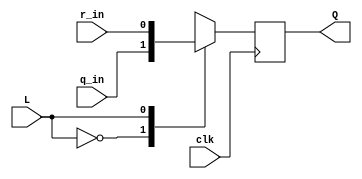
module top_module (
	input clk,
	input L,
	input r_in,
	input q_in,
	output reg Q);
    
    always @ (posedge clk) begin
        case (L)
            1'b0 : Q <= q_in;
            1'b1 : Q <= r_in;
        endcase    
    end

endmodule